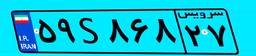
۵۹S۸۶۸۲۷